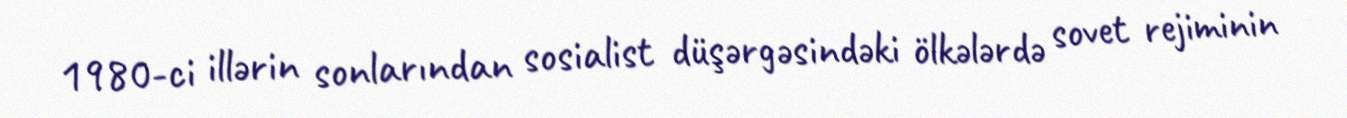
1980-ci illərin sonlarından sosialist düşərgəsindəki ölkələrdə sovet rejiminin